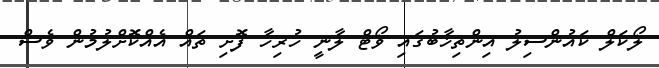
ލޯކަލް ކައުންސިލު އިންތިޚާބުގައި ވޯޓް ލާނީ ހުރިހާ ފޮށި ތައް އެއްކޮށްލުމުން ވެސް